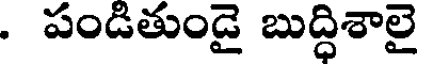
. పండితుండై బుద్ధిశాలై